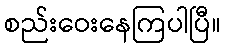
စည်းဝေးနေကြပါပြီ။